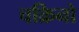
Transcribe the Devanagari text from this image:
चक्रिनो